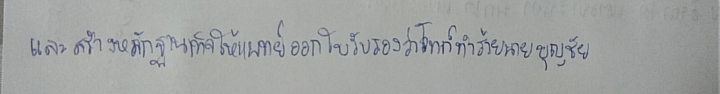
และสร้างหลักฐานเท็จให้แพทย์ออกใบรับรองว่าโจทก์ทำร้ายนายบุญชัย